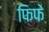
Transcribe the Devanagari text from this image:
फिफे